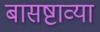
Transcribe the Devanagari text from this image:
बासष्टाव्या